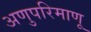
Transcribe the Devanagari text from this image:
अणुपरिमाणू